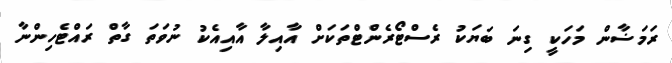
ރަމަޟާން މަހަކީ ގިނަ ބަޔަކު ރެސްޓޯރެންޓްތަކަށް އާއިލާ އާއިއެކު ނުވަތަ ގާތް ރައްޓެހިންނާ